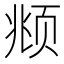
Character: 𫖯